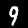
Digit: 9